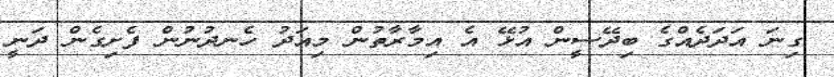
ގިނަ އަދަދެއްގެ ބިދޭސީން އުޅޭ އެ އިމާރާތުން މިއަދު ހެނދުނުން ފެށިގެން ދަނީ